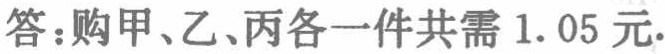
答：购甲、乙、丙各一件共需 \(1.05\) 元.